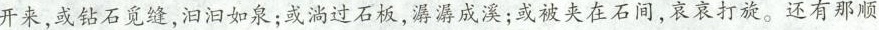
开来，或钻石觅缝，汩汩如泉；或淌过石板，潺潺成溪；或被夹在石间，哀哀打旋。还有那顺